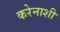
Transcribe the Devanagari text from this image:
करेेनाशी